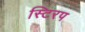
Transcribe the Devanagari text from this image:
स्टिरप